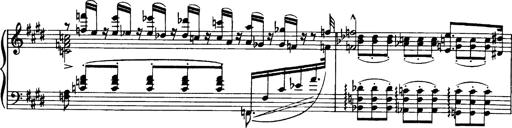
Title: OuvertÃ¼re zu TannhÃ¤user
Composer: Franz Liszt